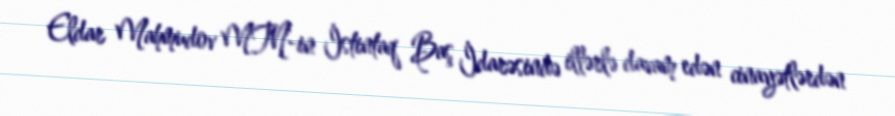
Eldar Mahmudov MTN-in İstintaq Baş İdarəsində illərlə davam edən cinayətlərdən